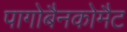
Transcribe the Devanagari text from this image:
पागोबैनकोमैट